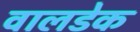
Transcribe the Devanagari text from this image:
वालडेक